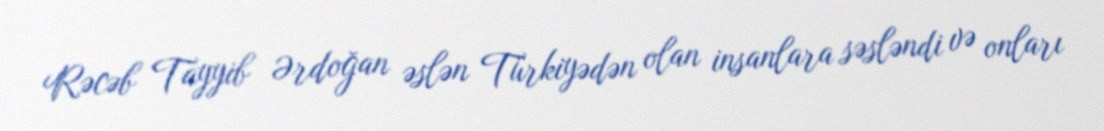
Rəcəb Tayyib Ərdoğan əslən Türkiyədən olan insanlara səsləndi və onları